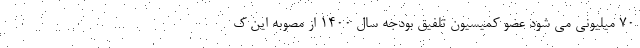
۷۰ میلیونی می شود عضو کمیسیون تلفیق بودجه سال 1400 از مصوبه این ک